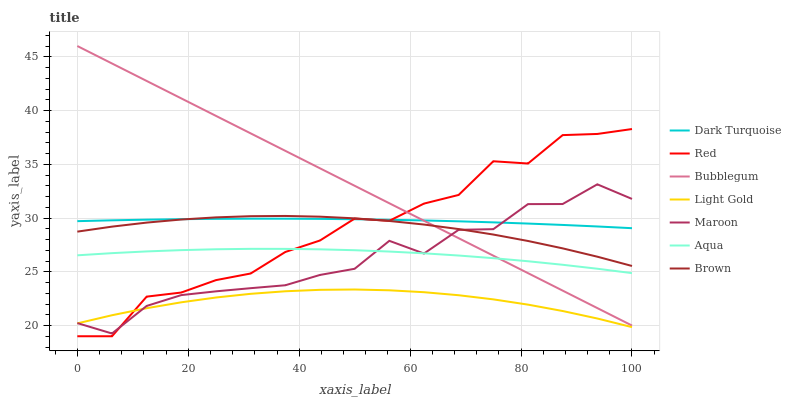
| xaxis_label | Dark Turquoise | Red | Bubblegum | Light Gold | Maroon | Aqua | Brown |
 | --- | --- | --- | --- | --- | --- | --- | --- |
 | 0 | 29.7 | 19 | 46 | 20.2 | 20.2 | 26.5 | 28.7 |
 | 6.25 | 29.8 | 19 | 44.4 | 21 | 19.3 | 26.7 | 29.2 |
 | 12.5 | 29.8 | 22.7 | 42.7 | 21.6 | 21.8 | 26.9 | 29.6 |
 | 18.8 | 29.9 | 23.1 | 41.1 | 22.2 | 22.8 | 27 | 29.9 |
 | 25 | 29.9 | 24.2 | 39.5 | 22.6 | 23.2 | 27.1 | 30.1 |
 | 31.2 | 29.9 | 24.8 | 37.9 | 22.9 | 23.5 | 27.1 | 30.2 |
 | 37.5 | 29.9 | 26.8 | 36.2 | 23.2 | 23.7 | 27.1 | 30.2 |
 | 43.8 | 29.9 | 27.9 | 34.6 | 23.3 | 24.7 | 27.1 | 30.1 |
 | 50 | 29.9 | 29.9 | 33 | 23.3 | 25.3 | 27 | 30 |
 | 56.2 | 29.8 | 29.7 | 31.4 | 23.3 | 27.9 | 26.9 | 29.7 |
 | 62.5 | 29.8 | 31.3 | 29.7 | 23.1 | 26.7 | 26.7 | 29.4 |
 | 68.8 | 29.7 | 32.1 | 28.1 | 22.8 | 28.9 | 26.5 | 29 |
 | 75 | 29.6 | 35.3 | 26.5 | 22.4 | 29 | 26.3 | 28.5 |
 | 81.2 | 29.5 | 35.1 | 24.9 | 21.9 | 31.3 | 26 | 27.9 |
 | 87.5 | 29.4 | 37.7 | 23.2 | 21.3 | 31.3 | 25.6 | 27.2 |
 | 93.8 | 29.2 | 37.8 | 21.6 | 20.7 | 33.1 | 25.3 | 26.4 |
 | 100 | 29.1 | 38.3 | 20 | 19.8 | 31.8 | 24.9 | 25.5 |